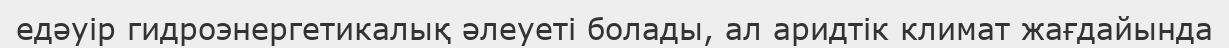
едәуір гидроэнергетикалық әлеуеті болады, ал аридтік климат жағдайында